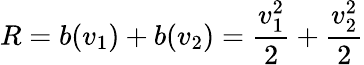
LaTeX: R=b(v_{1})+b(v_{2})={\frac{v_{1}^{2}}{2}}+{\frac{v_{2}^{2}}{2}}